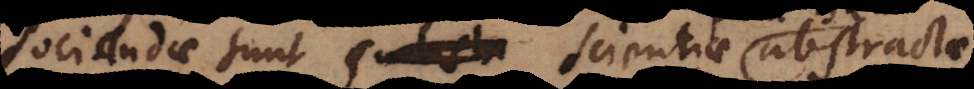
sociandae sunt subst abstractae